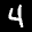
Label: 4